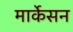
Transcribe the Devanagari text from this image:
मार्केसन